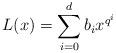
LaTeX: \begin{align*}L(x)=\sum_{i=0}^d b_i x^{q^i}\end{align*}